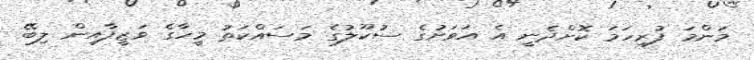
މަންމަ ފުރިހަމަ ކޮށްދެނީ އެ އަވަށުގެ ސުކޫލުގެ މަސައްކަތު މީހާގެ ވަޒީފާއިން ލިބޭ